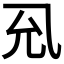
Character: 𭀛